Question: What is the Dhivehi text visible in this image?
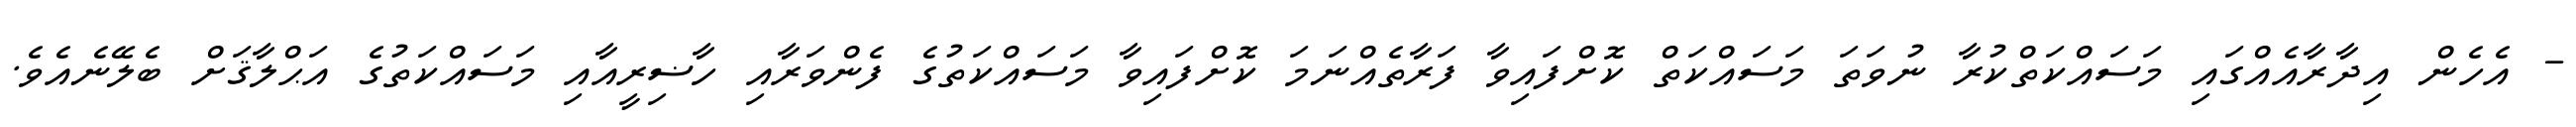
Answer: - އެހެން އިދާރާއެއްގައި މަސައްކަތްކުރާ ނުވަތަ މަސައްކަތް ކޮށްފައިވާ ފަރާތެއްނަމަ ކޮށްފައިވާ މަސައްކަތުގެ ފެންވަރާއި ހާޟިރީއާއި މަސައްކަތުގެ އަޙްލާޤަށް ބެލޭނެއެވެ.